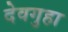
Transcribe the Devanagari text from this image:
देवगुहा